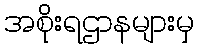
အစိုးရဌာနများမှ